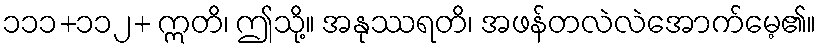
၁၁၁+၁၁၂+ ဣတိ၊ ဤသို့။ အနုဿရတိ၊ အဖန်တလဲလဲအောက်မေ့၏။